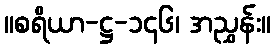
။စရိယာ-ဋ္ဌ-၁၄၆၊ အညွှန်း။